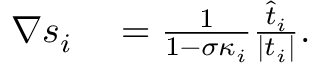
\begin{array} { r l } { \nabla s _ { i } } & { { } = \frac { 1 } { 1 - \sigma \kappa _ { i } } \frac { \widehat { t } _ { i } } { | t _ { i } | } . } \end{array}